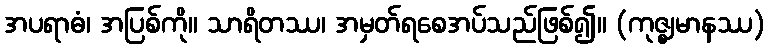
အပရာဓံ၊ အပြစ်ကို။ သာရိတဿ၊ အမှတ်ရစေအပ်သည်ဖြစ်၍။ (ကုဇ္ဈမာနဿ)